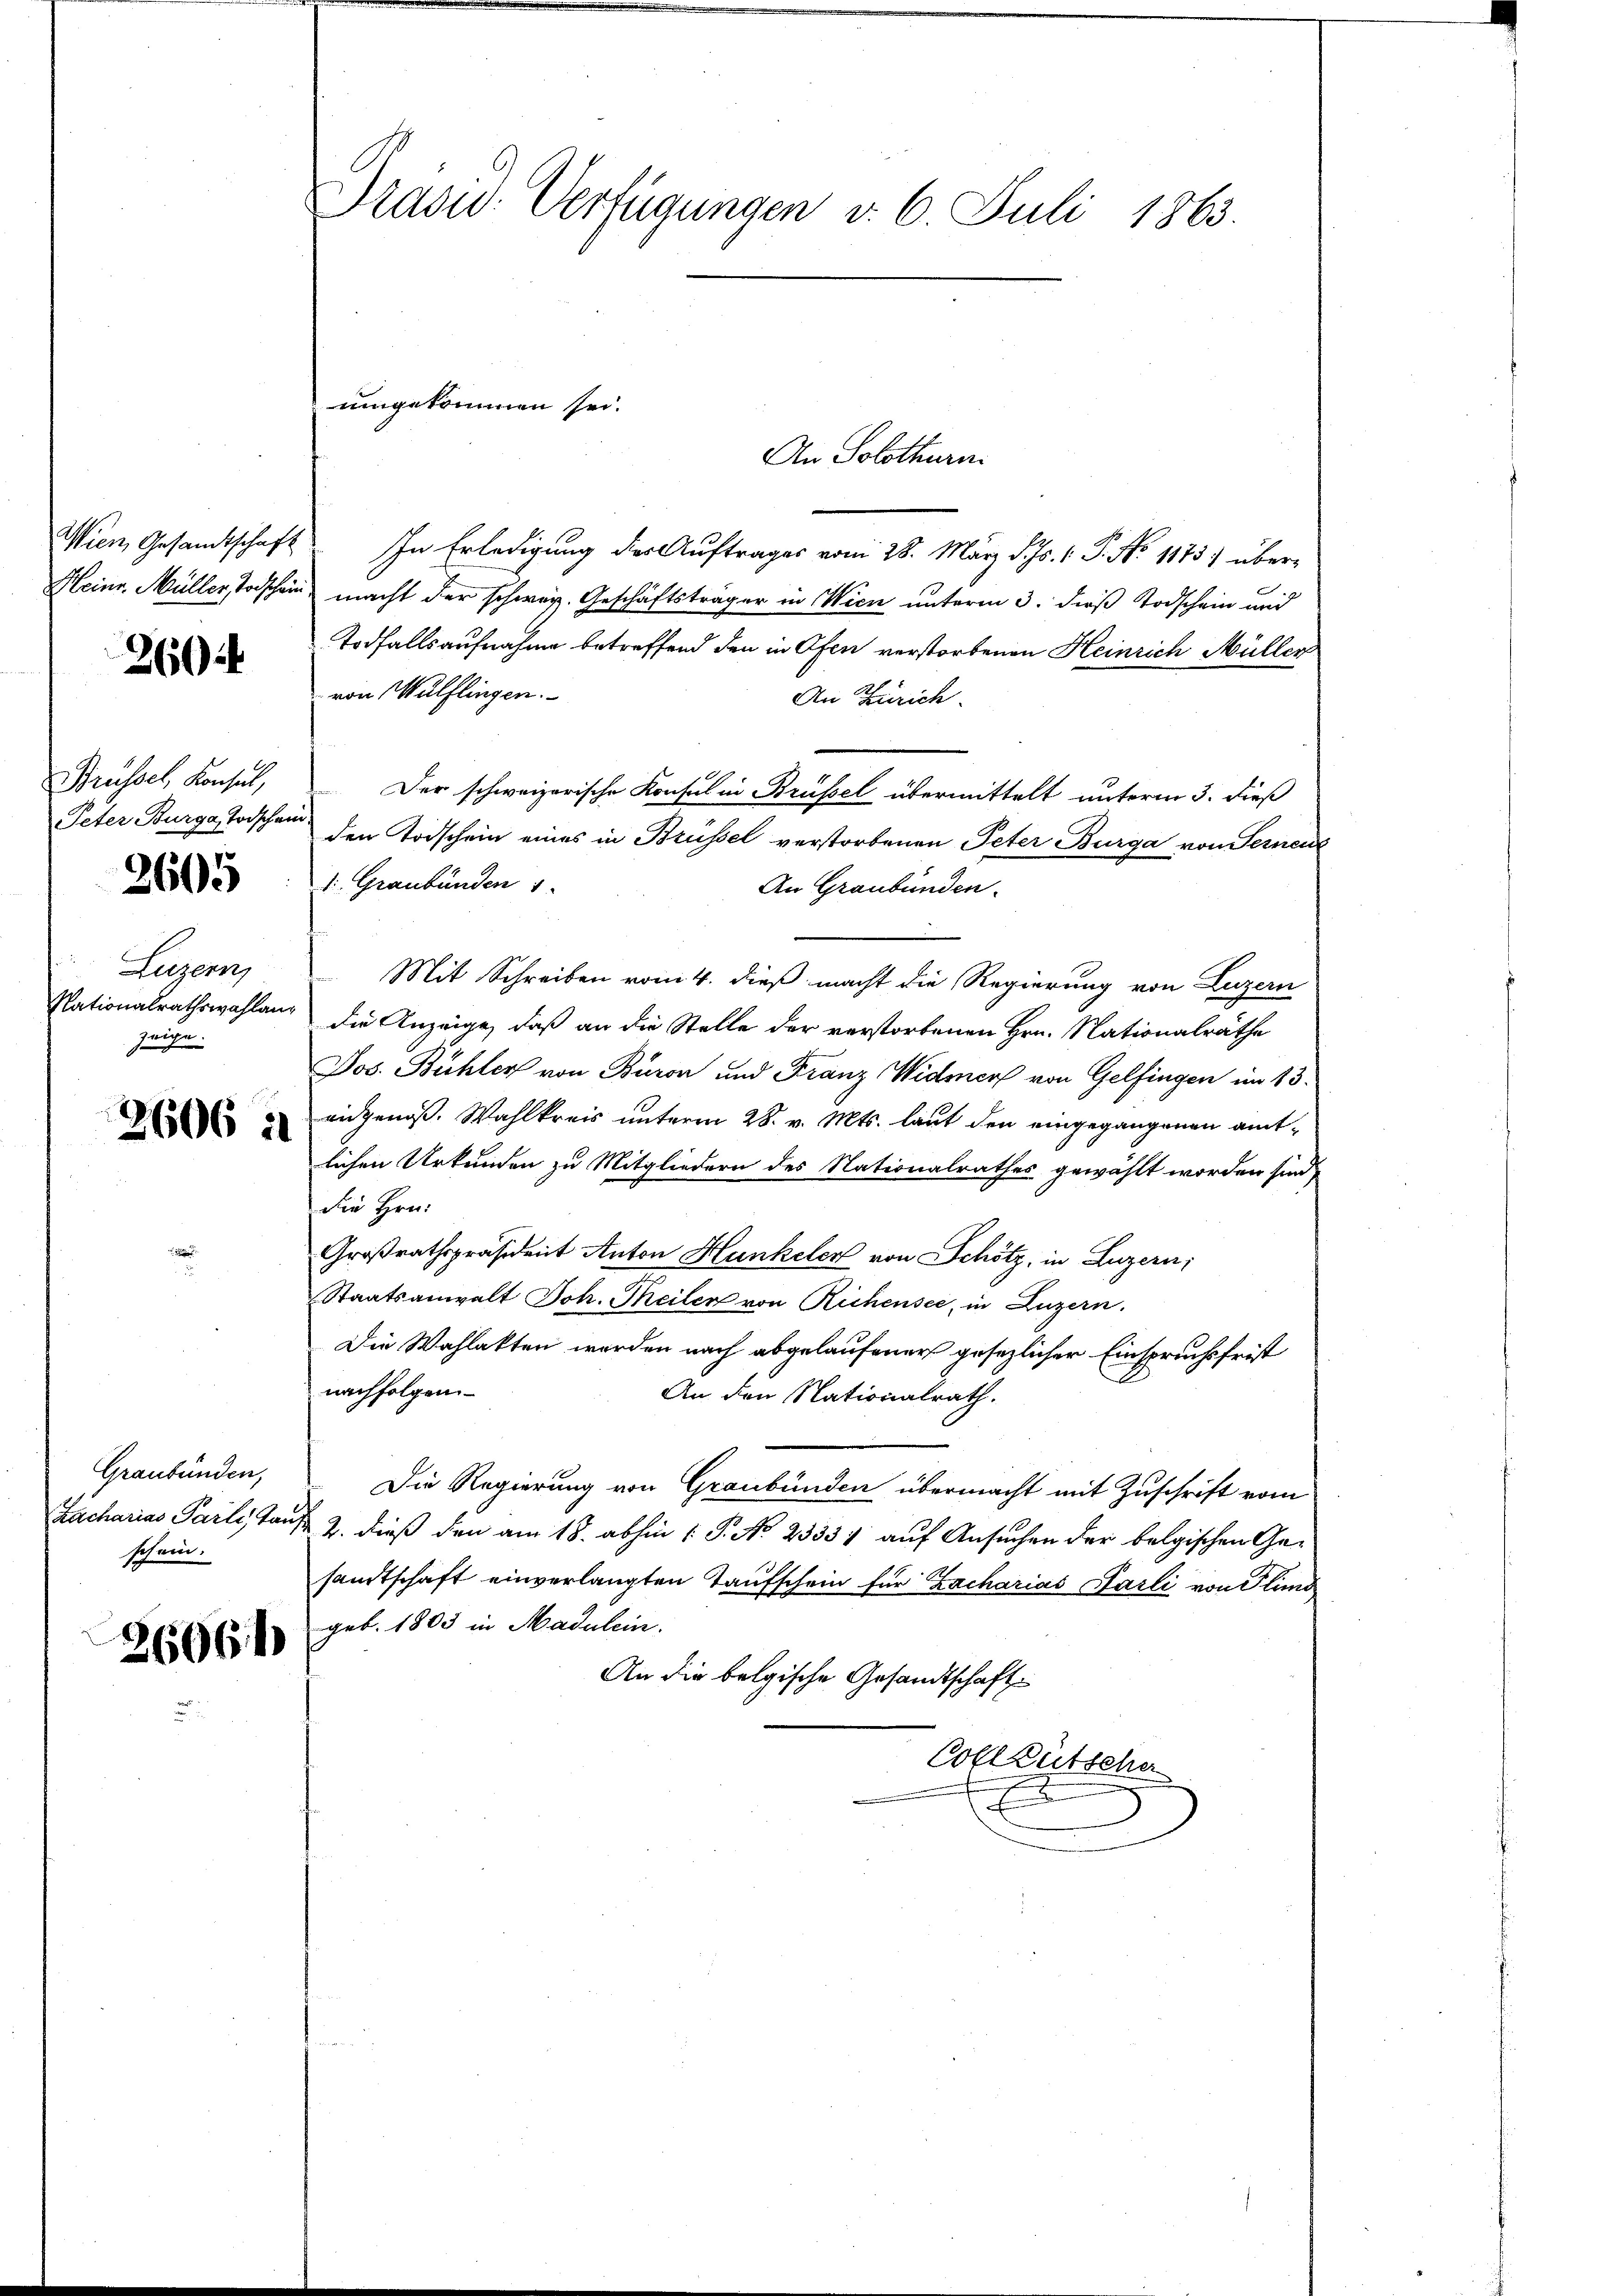
260.

Brüssel, Konsul,
Peter Burga, Todschein.

2605

Luzern,
Nationalrathswahlan
En
Iin

2606 à

Graubünden,
schein.

26061

Präsid.. Verfügungen v. 6. Juli 1863.

An Solothurn.
Wien, Gesandtschaft. In Erledigung der Auftrages vom 28. März d. Js. v. P. Nr. 1873 über¬
Heinr. Müller, Todschein macht der schweiz. Geschäftsträger in Wien unterm 3. dieß Todschein und
Todfallsaufnahme betreffend den in Ofen verstorbenen Heinrich Müller
von Wülflingen.
An Zürich.
Der schweizerische Konsul in Brüssel übermittelt unterm 3. dieß
den Todschein eines in Brüssel verstorbenen Peter Burga von Fernen
1 Graubünden 1
An Graubünden.
Mit Schreiben vom 4. dieß macht die Regierung von Luzern
a die Anzeige, daß an die Stelle der verstorbenen Hrn. Nationalräthe
Jos. Bühler von Büron und Franz Widmer von Gelfingen im 13.
eidgenöß. Wahlkreis unterm 28. v. Mts. laut den eingegangenen amtlichen Urkunden zu Mitgliedern des Nationalrathes gewählt worden sind,
die Hrn.
Großrathspräsident Anton Hunkeler von Schötz, in Luzern,
Staatsanwalt Joh. Theiler von Richensee, in Luzern.
Die Wahlakten werden nach abgelaufener gesezlicher Einspruchsfrist
nachfolgen
An den Nationalrath.
Die Regierung von Graubünden übermacht mit Zuschrift vom
Zacharias Parli, Tauf 2. dieß den am 18. abhin 1 P. No. 23331 auf Ansuchen der belgischen Ge-
sandtschaft einverlangten Taufschein für Zacharias Parli von Plund
geb. 1803 in Madulein.
An die belgische Gesandtschaft
Vollzütsche

umgekommen sei.